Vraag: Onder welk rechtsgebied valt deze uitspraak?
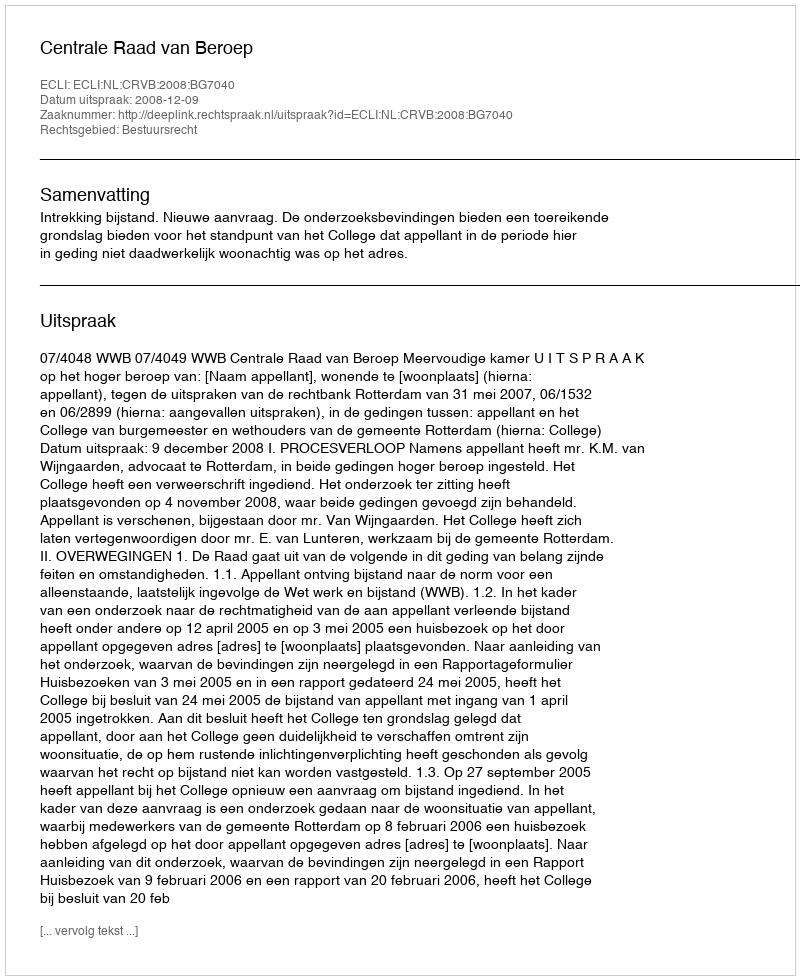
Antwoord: Bestuursrecht